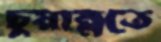
চুয়ান্নতে